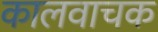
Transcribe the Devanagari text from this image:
कालवाचक